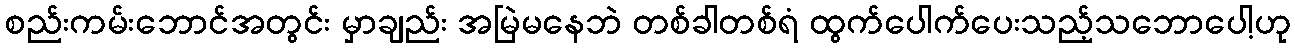
စည်းကမ်းဘောင်အတွင်း မှာချည်း အမြဲမနေဘဲ တစ်ခါတစ်ရံ ထွက်ပေါက်ပေးသည့်သဘောပေါ့ဟု